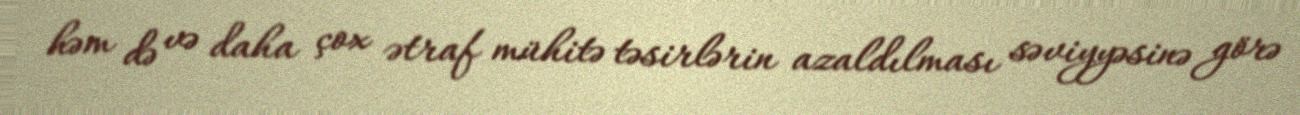
həm də və daha çox ətraf mühitə təsirlərin azaldılması səviyyəsinə görə